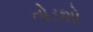
તોડશો